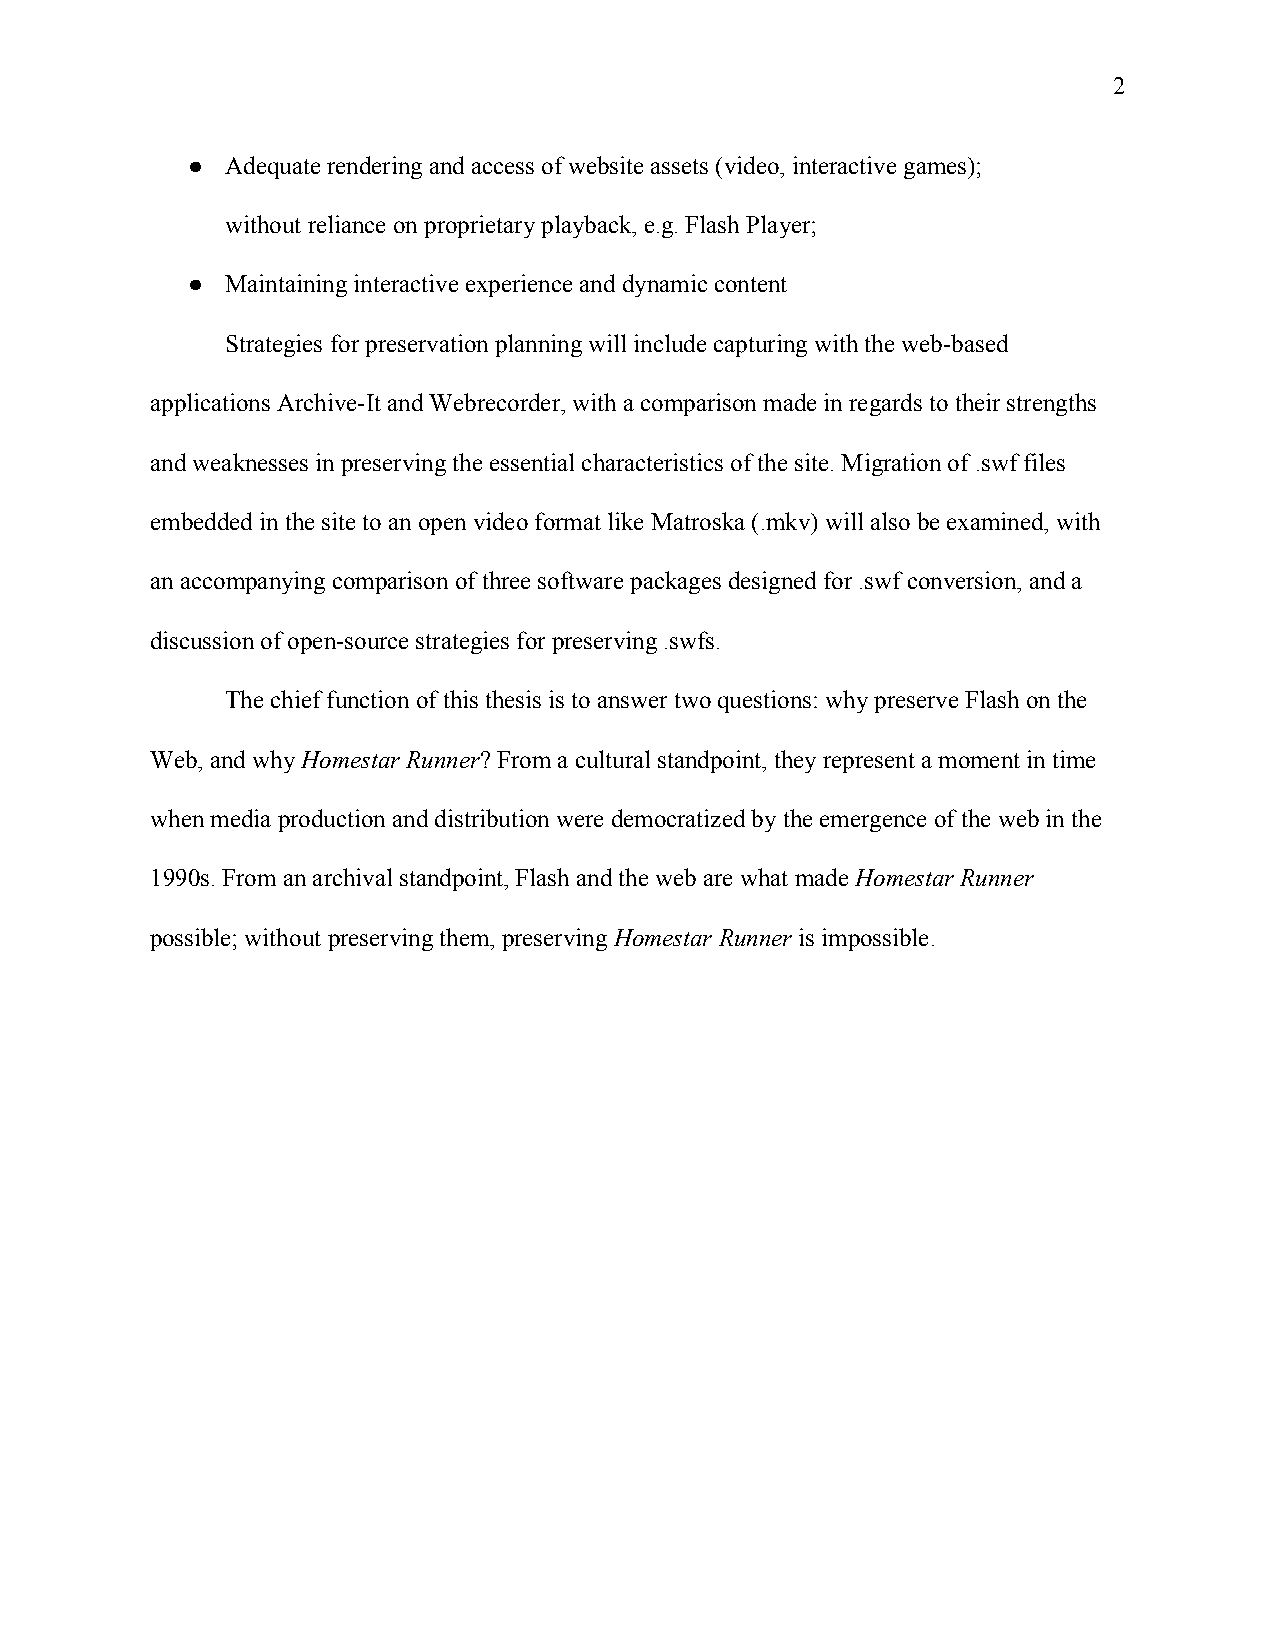
2
 ●  Adequate rendering and access of website assets (video, interactive games);
 without reliance on proprietary playback, e.g. Flash Player;
 ●  Maintaining interactive experience and dynamic content
 Strategies for preservation planning will include capturing with the web-based
 applications Archive-It and Webrecorder, with a comparison made in regards to their strengths
 and weaknesses in preserving the essential characteristics of the site. Migration of .swf files
 embedded in the site to an open video format like Matroska (.mkv) will also be examined, with
 an accompanying comparison of three software packages designed for .swf conversion, and a
 discussion of open-source strategies for preserving .swfs.
 The chief function of this thesis is to answer two questions: why preserve Flash on the
 Web, and why Homestar Runner? From a cultural standpoint, they represent a moment in time
 ​          ​
 when media production and distribution were democratized by the emergence of the web in the
 1990s. From an archival standpoint, Flash and the web are what made Homestar Runner
 ​
 possible; without preserving them, preserving Homestar Runner is impossible.
 ​           ​